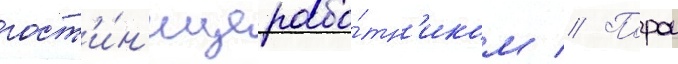
гост'и́н'ице рабо́тн'иком // Порои